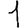
Digit: 1